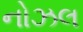
નોઝલ